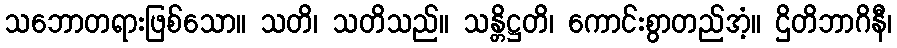
သဘောတရားဖြစ်သော။ သတိ၊ သတိသည်။ သန္တိဋ္ဌတိ၊ ကောင်းစွာတည်အံ့။ ဌိတိဘာဂိနီ၊